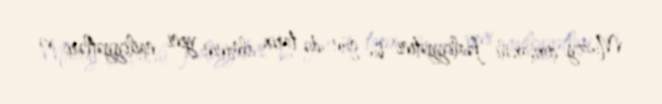
Muzey çoxşaxəli fəaliyyətini bu gün də tarix elminin yeni nailiyyətləri və